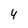
Character: 4